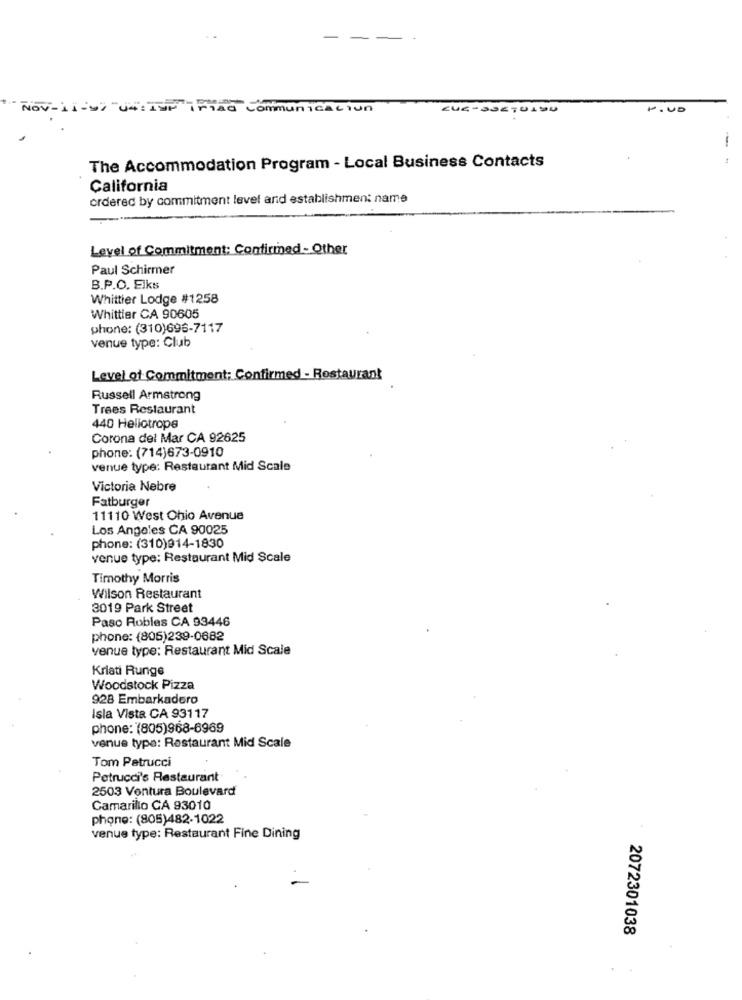
Nov- 1 1-9 "04: 1SP
communication
EUR-SSETULDU
The Accommodation Program - Local Business Contacts
California
ordered by commitment level and establishment name
Level of Commitment: Confirmed - Other
Paul Schirmer
B.P.O. Elks
Whittier Lodge #1258
Whittier CA 90605
phone: (310)696-7117
venue type: Club
Level of Commitment: Confirmed - Restaurant
Russell Armstrong
Trees Restaurant
440 Heliotrope
Corona del Mar CA 92625
phone: (714)673-0910
venue type: Restaurant Mid Scale
Victoria Nebre
Fatburger
11110 West Ohio Avenue
Los Angeles CA 90025
phone: (310)914-1830
venue type: Restaurant Mid Scale
Timothy Morris
Wilson Restaurant
3019 Park Street
Paso Robles CA 93446
phone: (805)239-0682
venue type: Restaurant Mid Scale
Kriati Runge
Woodstock Pizza
928 Embarkadoro
Isla Vista CA 93117
phone: (805)968-6969
venue type: Restaurant Mid Scale
Tom Petrucci
Petrucci's Restaurant
2503 Ventura Boulevard
Camarillo CA 93010
phone: (805)482-1022
venue type: Restaurant Fine Dining
2072301038